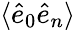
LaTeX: \langle\hat{e}_{0}\hat{e}_{n}\rangle